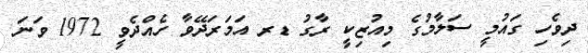
ދިވެހި ގައުމީ ސަލާމުގެ މިއުޒިކީ ރާގު ޑރ އަމަރަދޭވާ ހެއްދެވީ 1972 ވަނަ